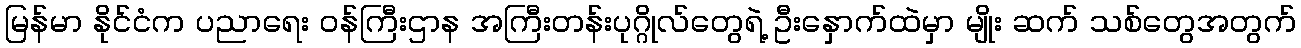
မြန်မာ နိုင်ငံက ပညာရေး ဝန်ကြီးဌာန အကြီးတန်းပုဂ္ဂိုလ်တွေရဲ့ ဦးနှောက်ထဲမှာ မျိုး ဆက် သစ်တွေအတွက်